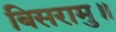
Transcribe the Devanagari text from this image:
बिसरामु॥